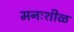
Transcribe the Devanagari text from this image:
मनःशीळ